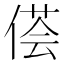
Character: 𱏁